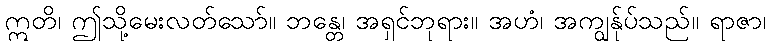
ဣတိ၊ ဤသို့မေးလတ်သော်။ ဘန္တေ၊ အရှင်ဘုရား။ အဟံ၊ အကျွန်ုပ်သည်။ ရာဇာ၊